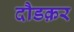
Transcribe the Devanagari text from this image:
दौडक़र